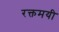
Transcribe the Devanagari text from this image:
रक्तमयी